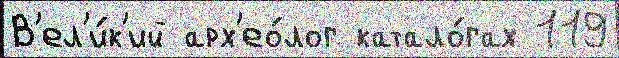
В'ел'и́к'ий арх'ео́лог катало́гах 119